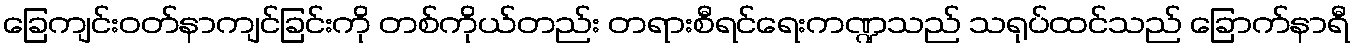
ခြေကျင်းဝတ်နာကျင်ခြင်းကို တစ်ကိုယ်တည်း တရားစီရင်ရေးကဏ္ဍသည် သရုပ်ထင်သည် ခြောက်နာရီ